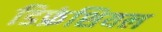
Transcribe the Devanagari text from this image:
डिफ्रंशियल